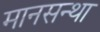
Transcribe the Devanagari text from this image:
मानसन्था